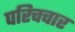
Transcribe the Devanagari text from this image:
परिचचार